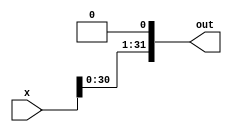
module left_shifter_1(x, out);
    input [31:0] x;
    output [31:0] out;

    assign out[31:1] = x[30:0];
    assign out[0] = 1'b0;

endmodule